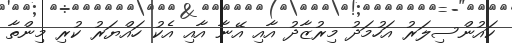
ކައުންސިލަރު އަހުމަދު މިރުޒާދު އާއި އޭނާ އާއި އެކު ހައްޔަރު ކުރި މިންތާ